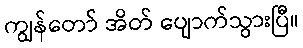
ကျွန်တော် အိတ် ပျောက်သွားပြီ။